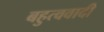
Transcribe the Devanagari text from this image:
बहुत्ववादी